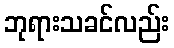
ဘုရားသခင်လည်း